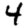
Digit: 4